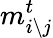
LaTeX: m_{i\setminus j}^{t}